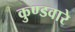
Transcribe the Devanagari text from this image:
कुण्डवारे